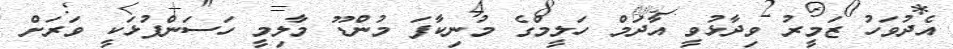
އެދުވަހު ޒަމީރު ވިދާޅުވީ އާދަމް ހަލީމްގެ މުނިކާފަ މުންޑޫ މާލިމީ ހަސަންފުޅަކީ ވަރަށް